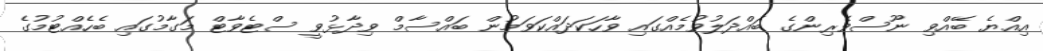
އިއްޔެ ބޭއްވި ނޫސްވެރިންގެ ބައްދަލުވުމެއްގައި ވާހަކަދައްކަވަމުން ބައްސާމް ވިދާޅުވީ ސްޓެވާޓް މަގާމުގައި ބެހެއްޓުމުގެ